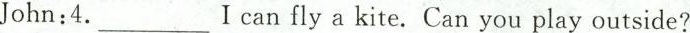
John:4.___I can fly a kite. Can you play outside?